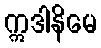
ဣဒါနိမေ